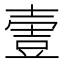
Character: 𡔹